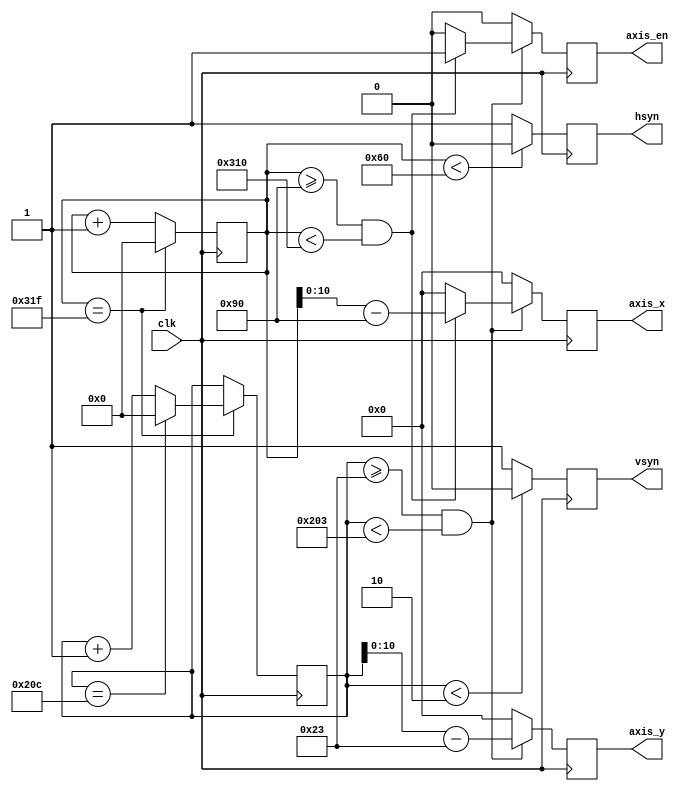
`timescale 1ns / 1ps
//////////////////////////////////////////////////////////////////////////////////
// Company: 
// Engineer: 
// 
// Create Date:
// Design Name: 
// Module Name: vga
// Project Name: 
// Target Devices: 
// Tool Versions: 
// Description: 
// 
// Dependencies: 
// 
// Revision:
// Revision 0.01 - File Created
// Additional Comments:
// 
/* VGA
************	clk			A 		B 		C 		D 		E 		F 		G 		H 		I 		K		*
640x480@60Hz	25.2MHz		96		48 		640 	16 		800 	2		33		480 	10		525		*
800x600@60Hz	40MHz		128		88 		800 	40 		1056	4		23		600 	1		628		*
1024x768@60Hz	65MHz		136		160 	1024 	24 		1344	6		29		768 	3		806		*
1280x720@60Hz	74.25MHz	40		220 	1280 	110		1650	5		20		720 	5		750		*
1280x1024@60Hz	108MHz		112		248 	1280 	48 		1688	3		38		1024	1		1066	*
1920x1080@60Hz	148.5MHz	44		148 	1920 	88 		2200	5		36		1080	4		1125	*
*/
//////////////////////////////////////////////////////////////////////////////////

module vga
#(
	parameter A = 96	, // 
	parameter B = 48	, // 
	parameter C = 640	, // 
	parameter D = 16	, // 
	parameter E = 800	, // 
	parameter F = 2		, // 
	parameter G = 33	, // 
	parameter H = 480	, // 
	parameter I = 10	, // 
	parameter K = 525	  // 
)
(
	input	wire		clk,
	
	// VGA
	output	reg			hsyn,
	output	reg			vsyn,
	
	// VGA
	output	reg			axis_en,
	output	reg [10:0]	axis_x,
	output	reg [10:0]	axis_y
);

reg [12:0] hsyn_cnt;
reg [12:0] vsyn_cnt;

// 
always@(posedge clk)
begin
	if(hsyn_cnt == E-1)
        hsyn_cnt <= 0;
    else
        hsyn_cnt <= hsyn_cnt + 1;
end

// 
always@(posedge clk)
begin
	if(hsyn_cnt == E-1)
	begin
        if(vsyn_cnt == K-1)
            vsyn_cnt <= 0;
        else
            vsyn_cnt <= vsyn_cnt + 1;
	end
end

// 
always@(posedge clk)
begin
    if(hsyn_cnt < A)
        hsyn <= 0;
    else
        hsyn <= 1;
end

// 
always@(posedge clk)
begin
    if(vsyn_cnt < F)
        vsyn <= 0;
    else
        vsyn <= 1;
end

// .
always@(posedge clk)
begin
    if(vsyn_cnt >= F + G && vsyn_cnt < F + G + H)
    begin
        if(hsyn_cnt >= A + B && hsyn_cnt < A + B + C)
            axis_en <= 1;
        else
            axis_en <= 0;
    end
    else
        axis_en <= 0;
end

//x
always@(posedge clk)
begin
    if(vsyn_cnt >= F + G && vsyn_cnt < F + G + H)
    begin
        if(hsyn_cnt >= A + B && hsyn_cnt < A + B + C)
            axis_x <= hsyn_cnt - (A + B);
        else
            axis_x <= 0;
    end
    else
        axis_x <= 0;
end

//y
always@(posedge clk)
begin
    if(vsyn_cnt >= F + G && vsyn_cnt < F + G + H)
        axis_y <= vsyn_cnt - (F + G);
    else
        axis_y <= 0;
end

endmodule